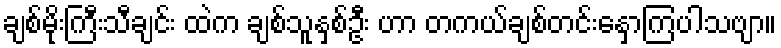
ချစ်မိုးကြီးသီချင်း ထဲက ချစ်သူနှစ်ဦး ဟာ တကယ်ချစ်တင်းနှောကြပါသဗျာ။